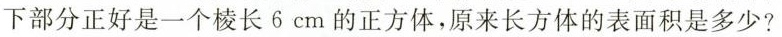
下部分正好是一个棱长6cm的正方体，原来长方体的表面积是多少?